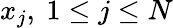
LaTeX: x_{j},\ 1\leq j\leq N